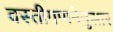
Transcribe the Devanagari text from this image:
वस्तीगणनेनुसार